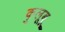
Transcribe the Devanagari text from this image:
कुलूबू